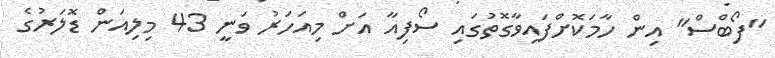
"ފޯބްސް" އިން ހާމަކޮށްފައިވާގޮތުގައި ސޯފިއާ އަށް މިއަހަރު ވަނީ 43 މިލިއަން ޑޮލަރުގެ